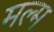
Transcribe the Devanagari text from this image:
मल्म